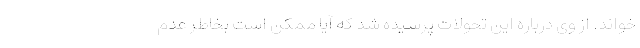
خواند. از وی درباره این تحولات پرسیده شد که آیا ممکن است بخاطر عدم